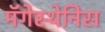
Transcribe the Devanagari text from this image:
मॅगेस्थेनिस